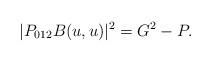
LaTeX: \begin{align*}|P_{012}B(u,u)|^2=G^2-P.\end{align*}